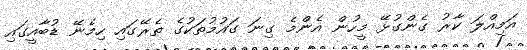
އަމިއްލަ ކާރު ގެންގުޅޭ މީހުން އެންމެ ގިނަ ގައުމުތަކުގެ ތެރޭގައި ހިމެނޭ ޑުބާއީގައި